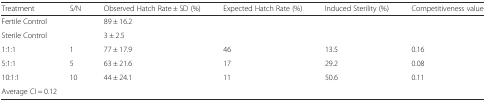
<table><thead><tr><td><b>Treatment</b></td><td><b>S/N</b></td><td><b>Observed Hatch Rate ± SD (%)</b></td><td><b>Expected Hatch Rate (%)</b></td><td><b>Induced Sterility (%)</b></td><td><b>Competitiveness value</b></td></tr></thead><tbody><tr><td>Fertile Control</td><td></td><td>89 ± 16.2</td><td></td><td></td><td></td></tr><tr><td>Sterile Control</td><td></td><td>3 ± 2.5</td><td></td><td></td><td></td></tr><tr><td>1:1:1</td><td>1</td><td>77 ± 17.9</td><td>46</td><td>13.5</td><td>0.16</td></tr><tr><td>5:1:1</td><td>5</td><td>63 ± 21.6</td><td>17</td><td>29.2</td><td>0.08</td></tr><tr><td>10:1:1</td><td>10</td><td>44 ± 24.1</td><td>11</td><td>50.6</td><td>0.11</td></tr><tr><td colspan="6">Average CI = 0.12</td></tr></tbody></table>